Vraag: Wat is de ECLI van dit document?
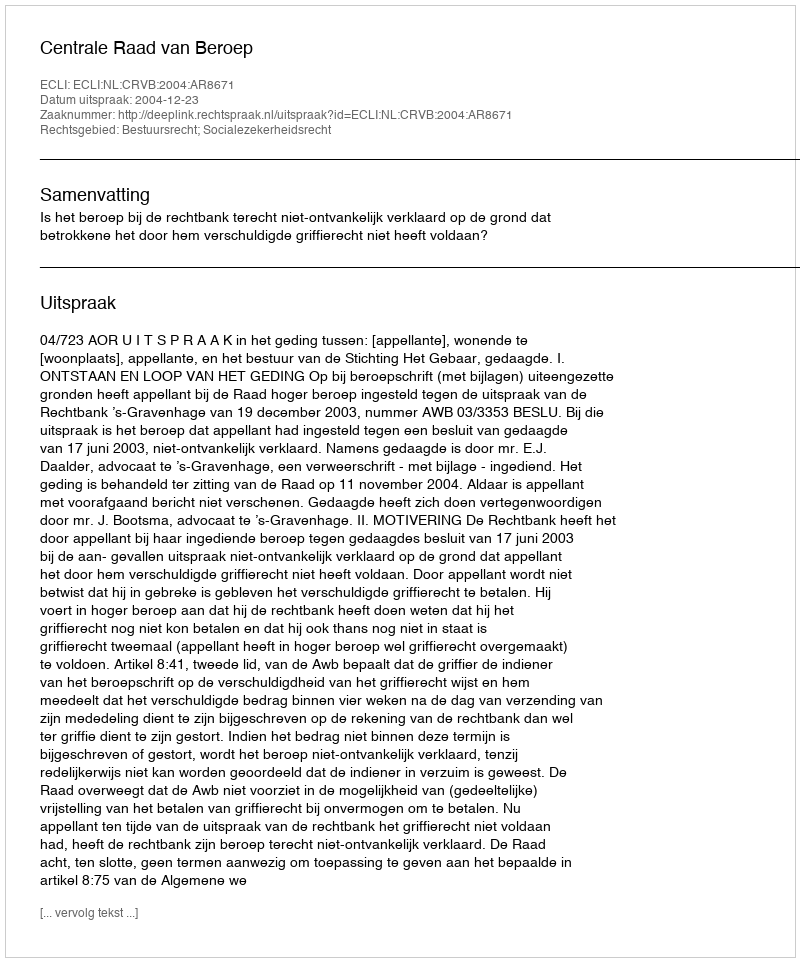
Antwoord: ECLI:NL:CRVB:2004:AR8671